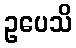
ဥပေသိ